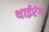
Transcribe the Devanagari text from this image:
थाईरंग